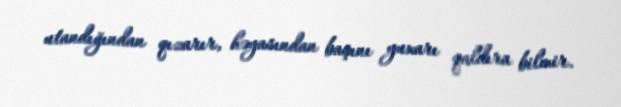
utandığından qızarır, həyasından başını yuxarı qaldıra bilmir.